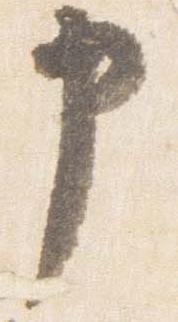
申